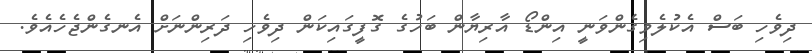
ދިވެހި ބަސް އެކުލެވިގެންވަނީ އިންޑޯ އާރިޔާން ބަހުގެ ގޮފީގައިކަން ދިވެހި ދަރިންނަށް އެނގެންޖެހެއެވެ.